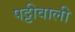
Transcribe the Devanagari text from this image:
पट्टीवाली